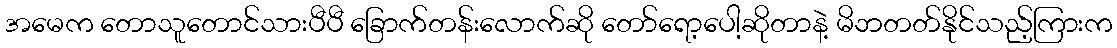
အမေက တောသူတောင်သားပီပီ ခြောက်တန်းလောက်ဆို တော်ရော့ပေါ့ဆိုတာနဲ့ မိဘတတ်နိုင်သည့်ကြားက